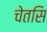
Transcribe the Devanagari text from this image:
चेतसि